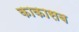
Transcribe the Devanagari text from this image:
काकासब